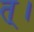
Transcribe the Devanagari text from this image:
त्।